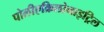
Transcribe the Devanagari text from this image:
पोलीएक्रिलोनाइट्रिल